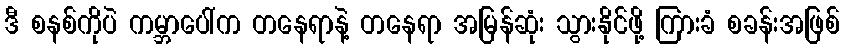
ဒီ စနစ်ကိုပဲ ကမ္ဘာပေါ်က တနေရာနဲ့ တနေရာ အမြန်ဆုံး သွားနိုင်ဖို့ ကြားခံ စခန်းအဖြစ်